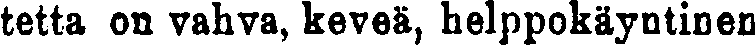
tetta on vahva, keveä, helppokäyntinen